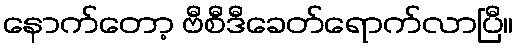
နောက်တော့ ဗီစီဒီခေတ်ရောက်လာပြီ။